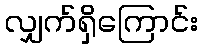
လျှက်ရှိကြောင်း